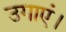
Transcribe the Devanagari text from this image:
उगाएं।